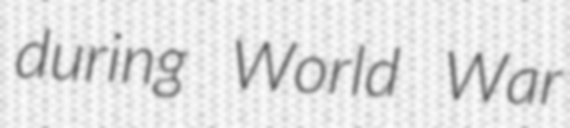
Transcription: during World War